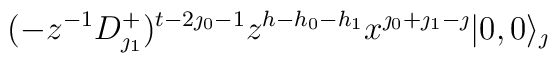
(-z^{-1}D^+_{\jmath_1})^{t-2\jmath_0-1}z^{h-h_0-h_1}x^{\jmath_0+\jmath_1-\jmath} |0,0\rangle_{\jmath}